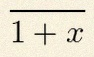
\frac{1}{1+x}